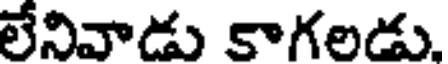
లేనివాడు కాగలడు.